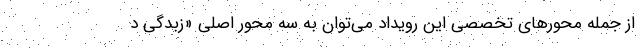
از جمله محورهای تخصصی این رویداد می‌توان به سه محور اصلی «زبدگی د